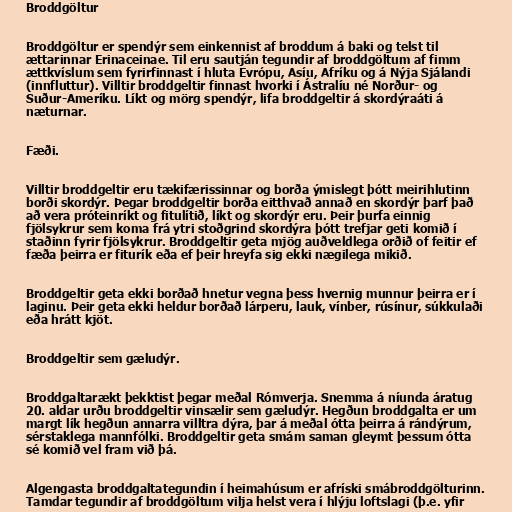
Broddgöltur

Broddgöltur er spendýr sem einkennist af broddum á baki og telst til
ættarinnar Erinaceinae. Til eru sautján tegundir af broddgöltum af fimm
ættkvíslum sem fyrirfinnast í hluta Evrópu, Asíu, Afríku og á Nýja Sjálandi
(innfluttur). Villtir broddgeltir finnast hvorki í Ástralíu né Norður- og
Suður-Ameríku. Líkt og mörg spendýr, lifa broddgeltir á skordýraáti á
næturnar.

Fæði.

Villtir broddgeltir eru tækifærissinnar og borða ýmislegt þótt meirihlutinn
borði skordýr. Þegar broddgeltir borða eitthvað annað en skordýr þarf það
að vera próteinríkt og fitulítið, líkt og skordýr eru. Þeir þurfa einnig
fjölsykrur sem koma frá ytri stoðgrind skordýra þótt trefjar geti komið í
staðinn fyrir fjölsykrur. Broddgeltir geta mjög auðveldlega orðið of feitir ef
fæða þeirra er fiturík eða ef þeir hreyfa sig ekki nægilega mikið.

Broddgeltir geta ekki borðað hnetur vegna þess hvernig munnur þeirra er í
laginu. Þeir geta ekki heldur borðað lárperu, lauk, vínber, rúsínur, súkkulaði
eða hrátt kjöt.

Broddgeltir sem gæludýr.

Broddgaltarækt þekktist þegar meðal Rómverja. Snemma á níunda áratug
20. aldar urðu broddgeltir vinsælir sem gæludýr. Hegðun broddgalta er um
margt lík hegðun annarra villtra dýra, þar á meðal ótta þeirra á rándýrum,
sérstaklega mannfólki. Broddgeltir geta smám saman gleymt þessum ótta
sé komið vel fram við þá.

Algengasta broddgaltategundin í heimahúsum er afríski smábroddgölturinn.
Tamdar tegundir af broddgöltum vilja helst vera í hlýju loftslagi (þ.e. yfir